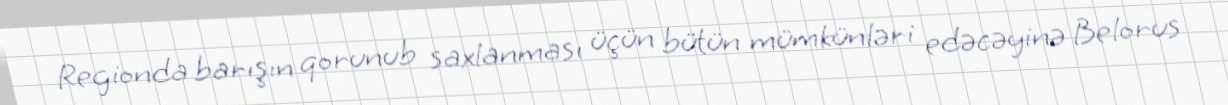
Regionda barışın qorunub saxlanması üçün bütün mümkünləri edəcəyinə Belorus